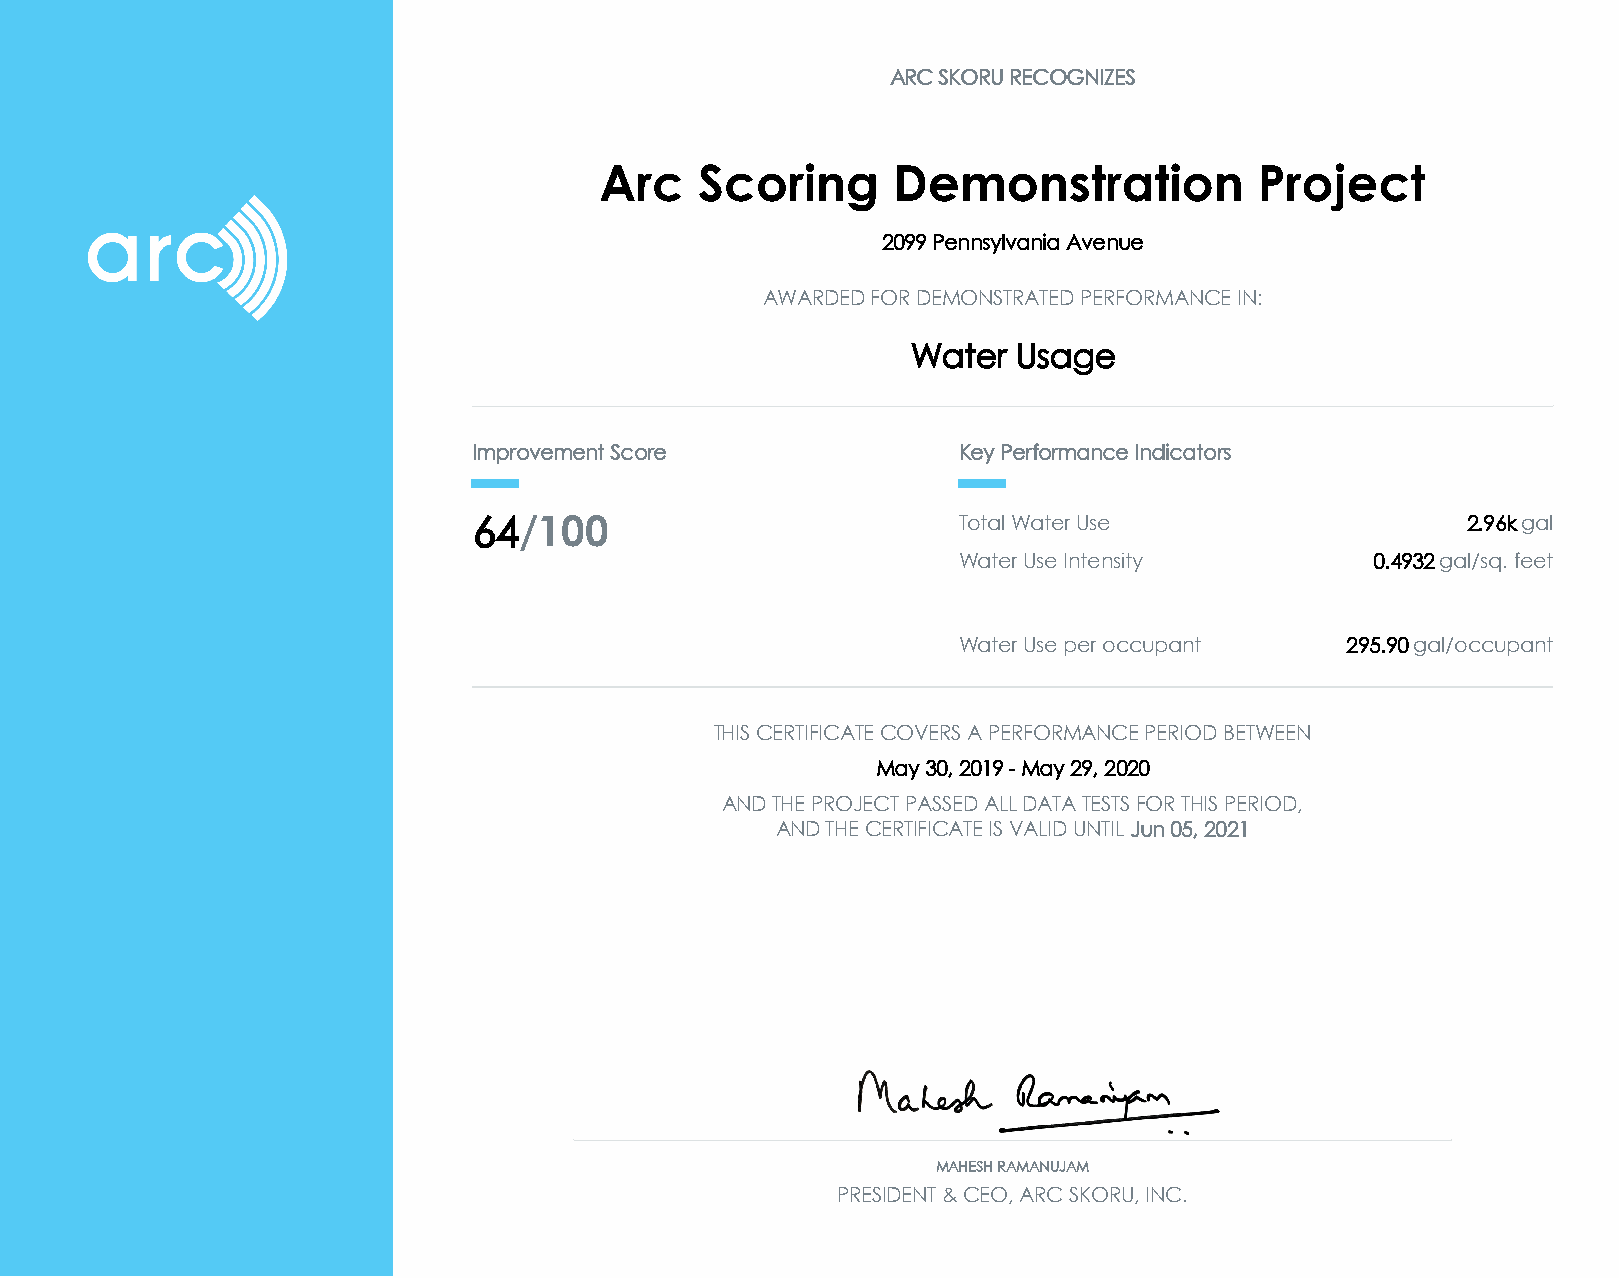
ARC SKORU RECOGNIZES
 Arc   Scoring      Demonstration           Project
 2099 Pennsylvania Avenue
 AWARDED FOR DEMONSTRATED PERFORMANCE IN:
 Water  Usage
 Improvement Score               Key Performance Indicators
 64/100                          Total Water Use                   2.96k gal
 Water Use Intensity         0.4932 gal/sq. feet
 Water Use per occupant    295.90 gal/occupant
 THIS CERTIFICATE COVERS A PERFORMANCE PERIOD BETWEEN
 May 30, 2019 - May 29, 2020
 AND THE PROJECT PASSED ALL DATA TESTS FOR THIS PERIOD,
 AND THE CERTIFICATE IS VALID UNTIL Jun 05, 2021
 MAHESH RAMANUJAM
 PRESIDENT & CEO, ARC SKORU, INC.